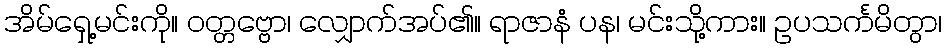
အိမ်ရှေ့မင်းကို။ ဝတ္တဗ္ဗော၊ လျှောက်အပ်၏။ ရာဇာနံ ပန၊ မင်းသို့ကား။ ဥပသင်္ကမိတွာ၊